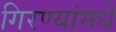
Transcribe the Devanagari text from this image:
गिरण्यांमधे